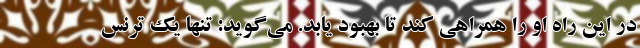
در این راه او را همراهی کند تا بهبود یابد. می‌گوید: تنها یک ترنس